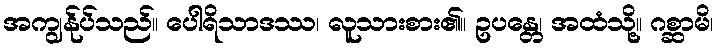
အကျွန်ုပ်သည်။ ပေါရိသာဒဿ၊ လူသားစား၏။ ဥပန္တေ၊ အထံသို့။ ဂစ္ဆာမိ၊